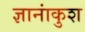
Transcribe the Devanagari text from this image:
ज्ञानांकुश